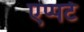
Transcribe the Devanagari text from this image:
एप्पर्ट